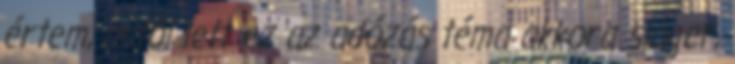
értem, mitől lett ez az adózás téma akkora sláger,